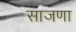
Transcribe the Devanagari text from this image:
साजणा